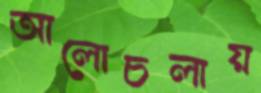
আলোচলায়